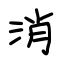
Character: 消